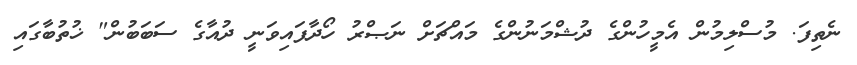
ނެތިފަ. މުސްލިމުން އެމީހުންގެ ދުޝްމަނުންގެ މައްޗަށް ނަޞްރު ހޯދާފައިވަނީ ދުއާގެ ސަބަބުން" ޚުތުބާގައި